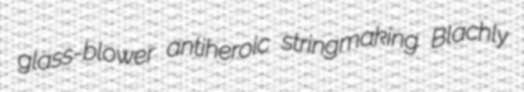
glass-blower antiheroic stringmaking Blachly